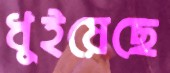
ধুইয়েছে